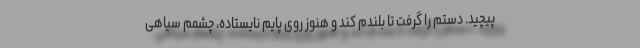
پیچید. دستم را گرفت تا بلندم کند و هنوز روی پایم نایستاده، چشمم سیاهی